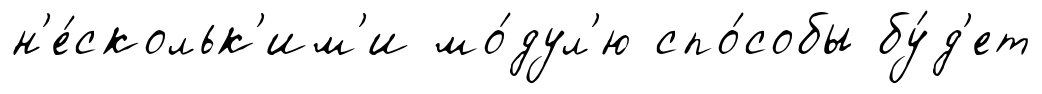
н'е́скольк'им'и мо́дул'ю спо́собы бу́д'ет